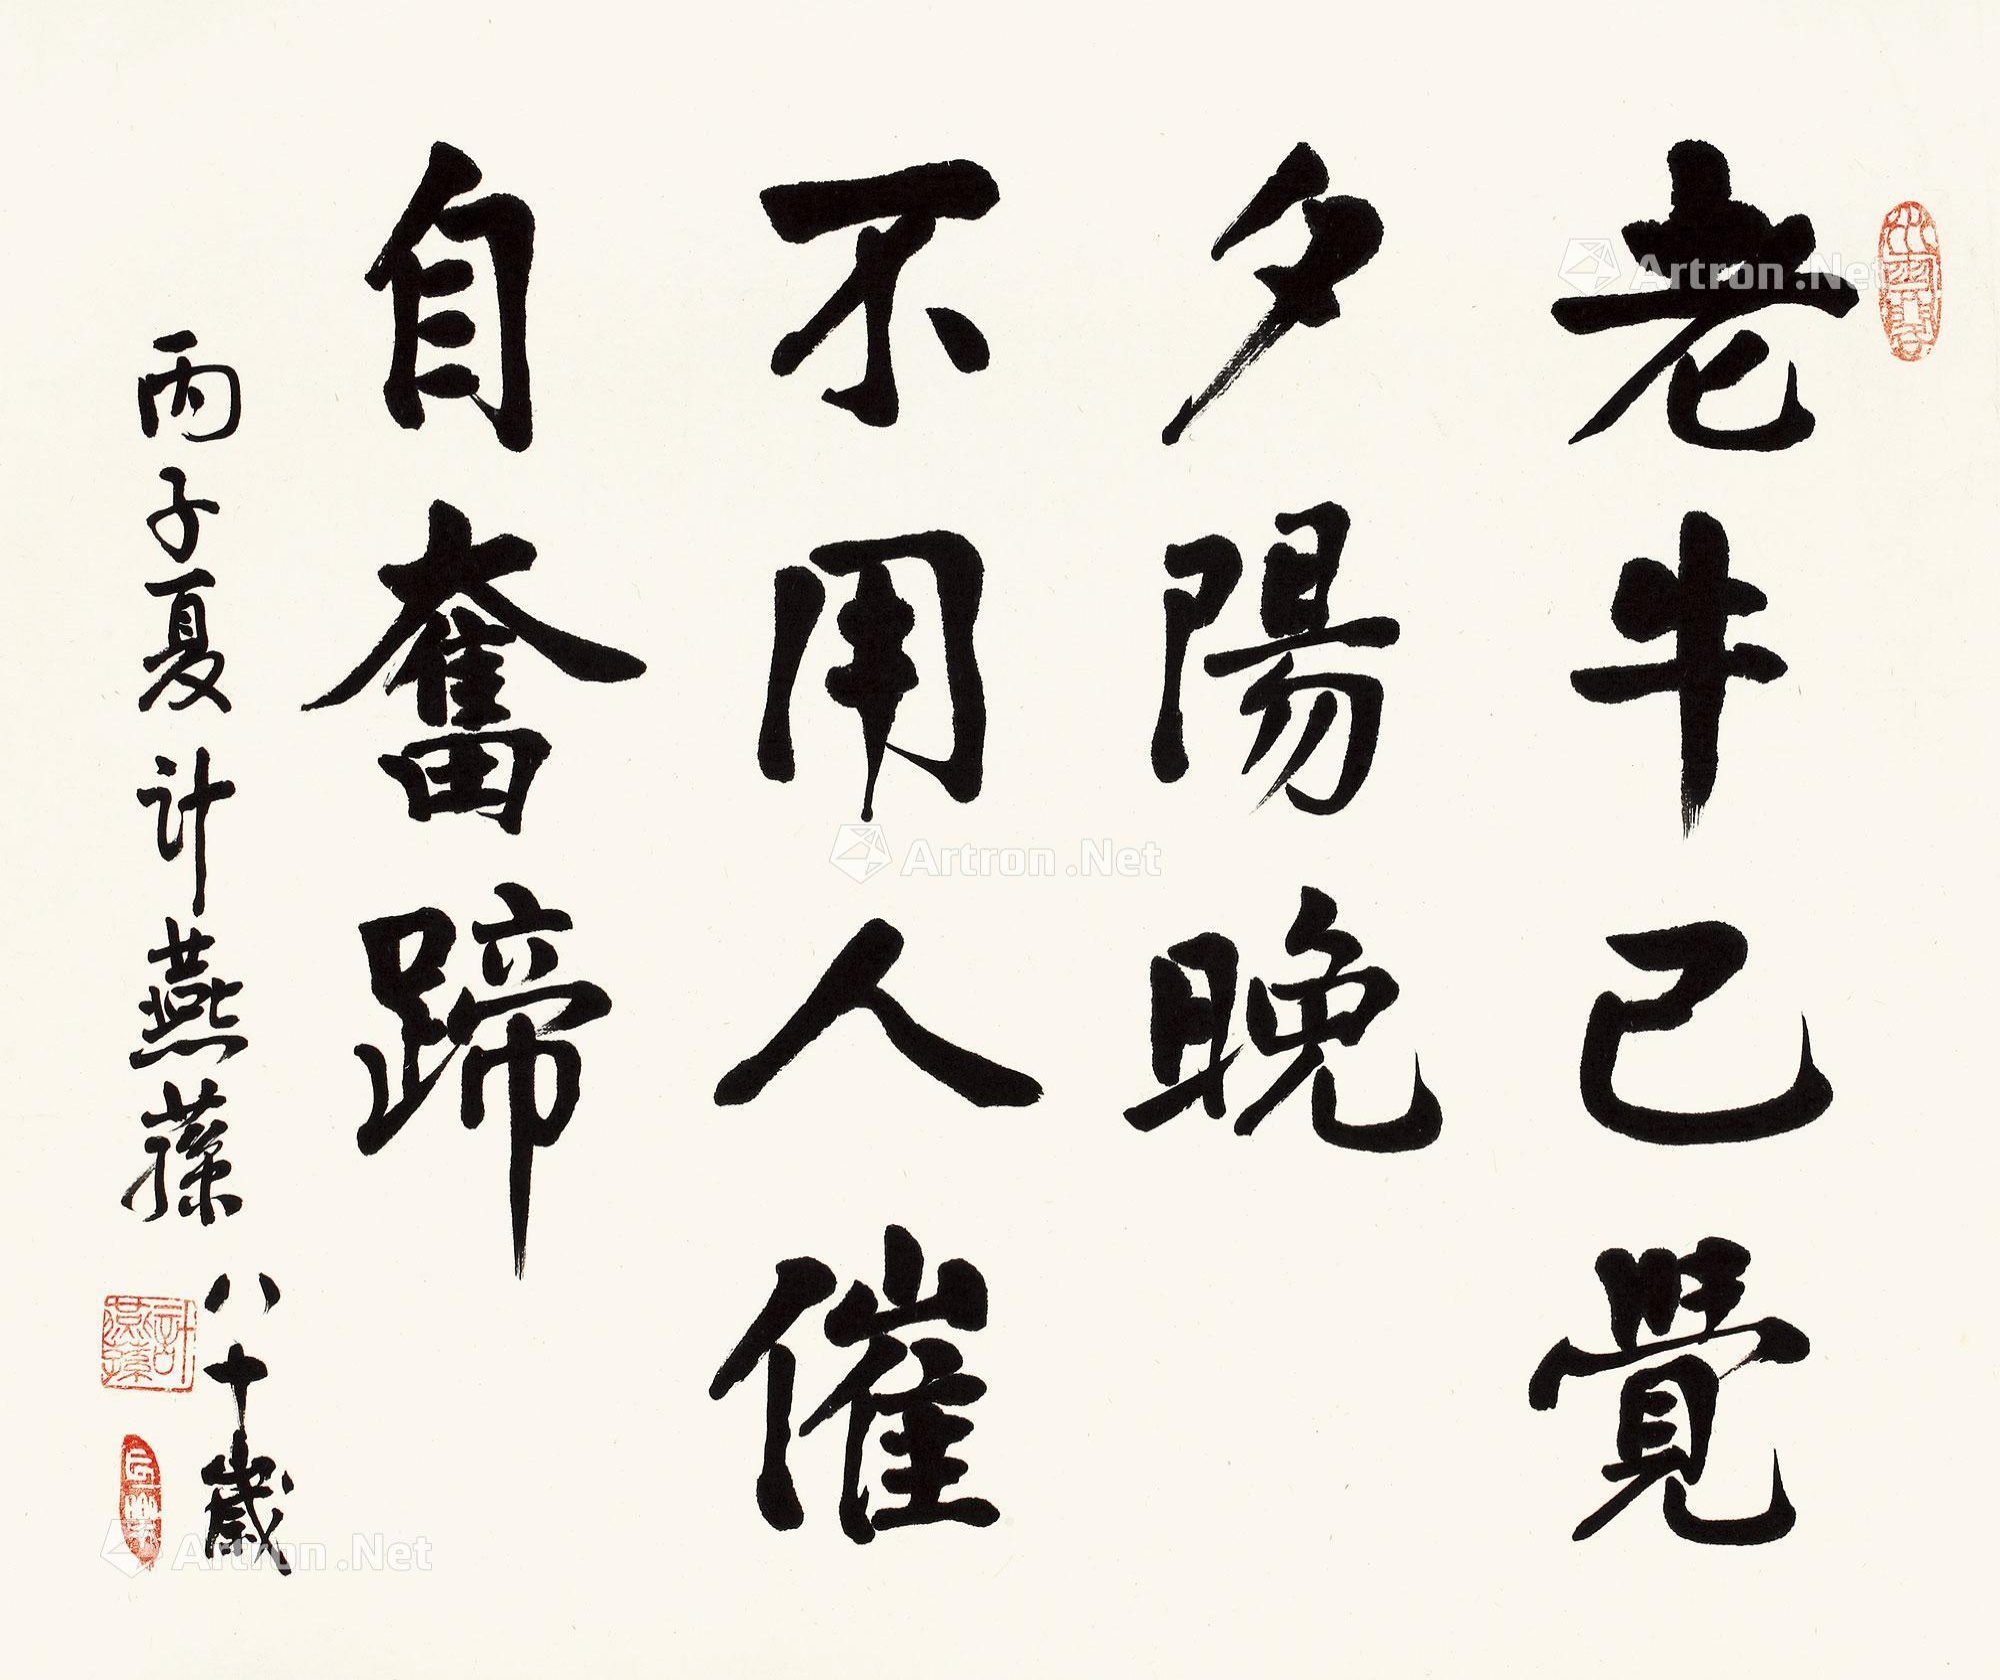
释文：老牛已觉夕阳晚，不用人催自奋蹄。丙子夏，计燕荪八十岁。